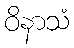
ဝိနာသံ